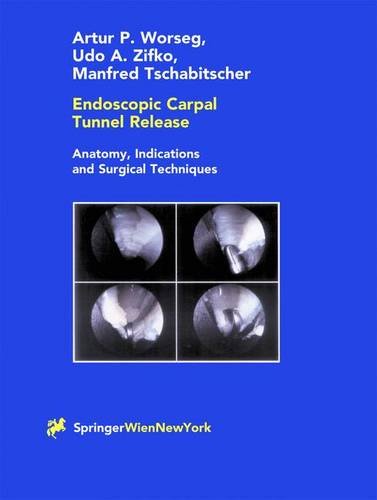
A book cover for Endoscopic Carpal Tunnel Release; Artur P. Worseg; Health, Fitness & Dieting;